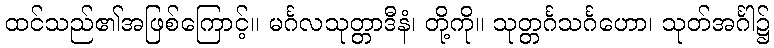
ထင်သည်၏အဖြစ်ကြောင့်။ မင်္ဂလသုတ္တာဒီနံ၊ တို့ကို။ သုတ္တင်္ဂသင်္ဂဟော၊ သုတ်အင်္ဂါ၌